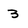
Character: 3